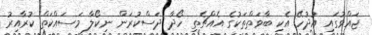
ޖައްވުގައި އުދުހޭ އެކި ބާވަތްތަކުގެ އެއްޗެތި ހޯދާ ދަސްކުރަން ނިކޯލާ މަސައްކަތް ކުރާއިރު